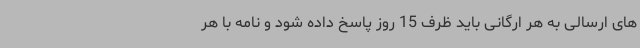
های ارسالی به هر ارگانی باید ظرف 15 روز پاسخ داده شود و نامه با هر